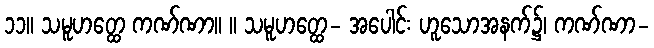
၁၁။ သမူဟတ္ထေ ကဏ်ဏာ။ ။ သမူဟတ္ထေ- အပေါင်း ဟူသောအနက်၌၊ ကဏ်ဏာ-